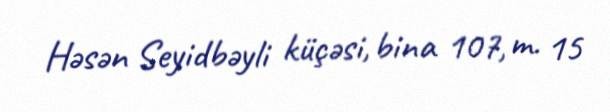
Həsən Seyidbəyli küçəsi, bina 107, m. 15